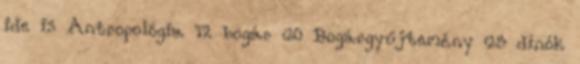
ide is Antropológia 12 bogár 60 Bogárgyűjtemény 65 dínók